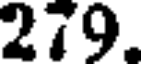
279.